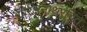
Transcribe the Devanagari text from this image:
गोरक्षनाथरचित